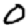
Digit: 0